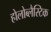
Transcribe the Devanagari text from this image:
होलोब्लैस्टिक